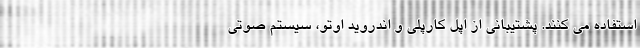
استفاده می کنند. پشتیبانی از اپل کارپلی و اندروید اوتو، سیستم صوتی